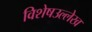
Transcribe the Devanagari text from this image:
विशेषउल्लेख